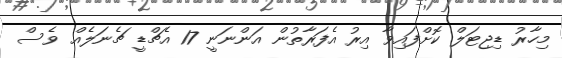
މިހާރު ޑިޖިޓަލް ކޮށްފައިވާ އިރު އެފަރާތުން އަންނަނީ 17 އެޗްޑީ ޗެނަލެއް ވެސް